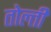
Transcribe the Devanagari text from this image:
तोल्ती